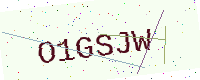
Text: O1GSJW